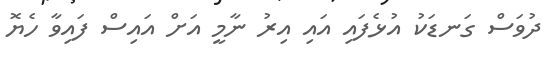
ދުވަސް ގަނޑަކު އުޅެފައި އައި އިރު ނާމީ އަށް އައިސް ފައިވާ ހެޔޮ